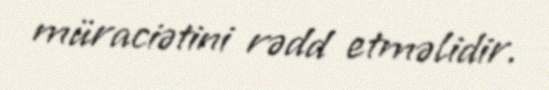
müraciətini rədd etməlidir.